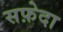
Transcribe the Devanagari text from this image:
सफ़ेदा